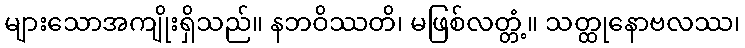
များသောအကျိုးရှိသည်။ နဘဝိဿတိ၊ မဖြစ်လတ္တံ့။ သတ္ထုနောဗလဿ၊